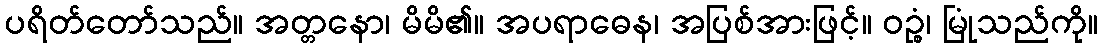
ပရိတ်တော်သည်။ အတ္တနော၊ မိမိ၏။ အပရာဓေန၊ အပြစ်အားဖြင့်။ ဝဉ္စံ၊ မြုံသည်ကို။